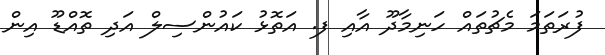
ފުރަތަމަ މެޗުތައް ހަނިމާދޫ އާއި ފ. އަތޮޅު ކައުންސިލް އަދި ތޮއްޑޫ އިން